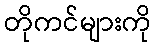
တိုကင်များကို